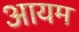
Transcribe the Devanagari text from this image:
आयम